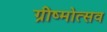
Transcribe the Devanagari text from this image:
ग्रीष्मोत्सव